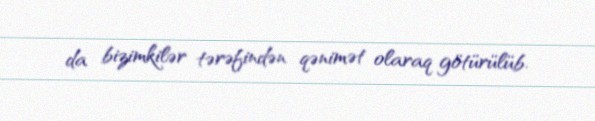
da bizimkilər tərəfindən qənimət olaraq götürülüb.